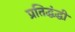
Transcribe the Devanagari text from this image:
प्रतिद्धंद्धी